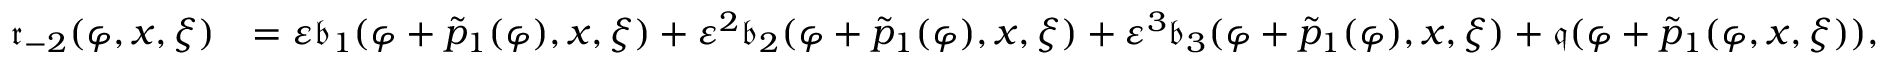
\begin{array} { r l } { \mathfrak { r } _ { - 2 } ( \varphi , x , \xi ) } & { = \varepsilon \mathfrak { b } _ { 1 } ( \varphi + \tilde { p } _ { 1 } ( \varphi ) , x , \xi ) + \varepsilon ^ { 2 } \mathfrak { b } _ { 2 } ( \varphi + \tilde { p } _ { 1 } ( \varphi ) , x , \xi ) + \varepsilon ^ { 3 } \mathfrak { b } _ { 3 } ( \varphi + \tilde { p } _ { 1 } ( \varphi ) , x , \xi ) + \mathfrak { q } ( \varphi + \tilde { p } _ { 1 } ( \varphi , x , \xi ) ) , } \end{array}